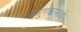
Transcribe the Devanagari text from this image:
प्रदूषकांमध्ये